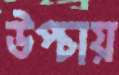
উপ্‌চায়